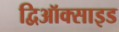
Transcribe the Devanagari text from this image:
द्विऑक्साइड